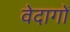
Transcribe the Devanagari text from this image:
वेदागों